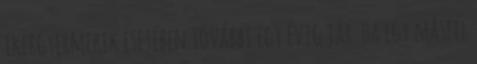
ikergyermekek esetében további egy évig jár. Ha egy másfél